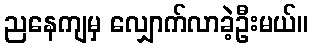
ညနေကျမှ လျှောက်လာခဲ့ဦးမယ်။